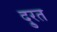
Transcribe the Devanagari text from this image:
दु्रत